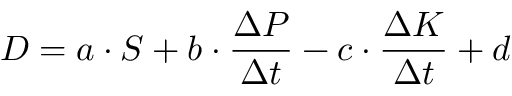
D = a \cdot S + b \cdot { \frac { \Delta P } { \Delta t } } - c \cdot { \frac { \Delta K } { \Delta t } } + d \,